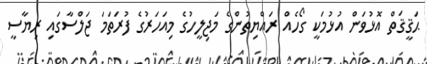
ޙަޤީޤަތް އޮޅުވަން އުޅުމަކީ ގޯހެއް ރައްޔިތުންގެ މަޖިލީހުގެ މިއަހަރުގެ ފުރަތަމަ ޖަލްސާގައި ރިޔާސީ